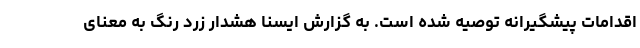
اقدامات پیشگیرانه توصیه شده است. به گزارش ایسنا هشدار زرد رنگ به معنای